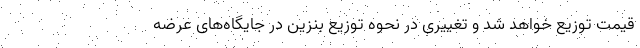
قیمت توزیع خواهد شد و تغییری در نحوه توزیع بنزین در جایگاه‌های عرضه